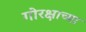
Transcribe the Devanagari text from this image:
गोरक्षाच्या